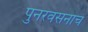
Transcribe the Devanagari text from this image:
पुनरवसनाचं